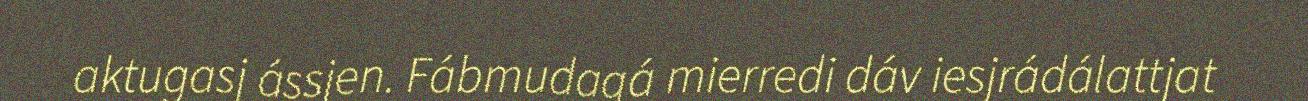
aktugasj ássjen. Fábmudagá mierredi dáv iesjrádálattjat